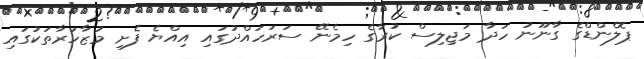
ޕޮލެންޑްގެ ގާނޫނު ހަދާ މަޖިލިސް ކުރާގެ ހިމެނޭ ސަރަހަައްދުގައި އިއްޔެ ފެށި މުޒާހަރާތަކުގައި